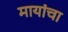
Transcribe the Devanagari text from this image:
मायांचा